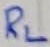
Text: RL